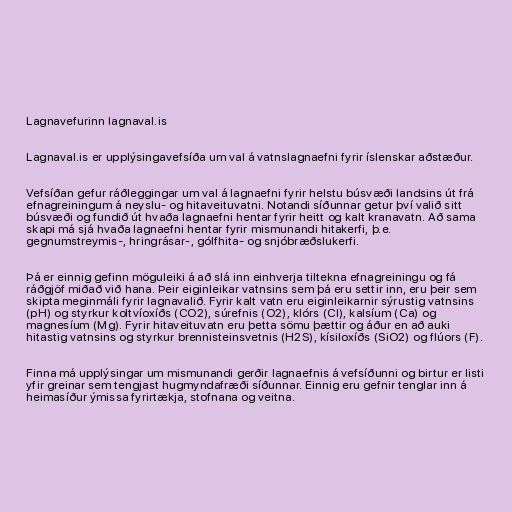
Lagnavefurinn lagnaval.is

Lagnaval.is er upplýsingavefsíða um val á vatnslagnaefni fyrir íslenskar aðstæður.

Vefsíðan gefur ráðleggingar um val á lagnaefni fyrir helstu búsvæði landsins út frá
efnagreiningum á neyslu- og hitaveituvatni. Notandi síðunnar getur því valið sitt
búsvæði og fundið út hvaða lagnaefni hentar fyrir heitt og kalt kranavatn. Að sama
skapi má sjá hvaða lagnaefni hentar fyrir mismunandi hitakerfi, þ.e.
gegnumstreymis-, hringrásar-, gólfhita- og snjóbræðslukerfi.

Þá er einnig gefinn möguleiki á að slá inn einhverja tiltekna efnagreiningu og fá
ráðgjöf miðað við hana. Þeir eiginleikar vatnsins sem þá eru settir inn, eru þeir sem
skipta meginmáli fyrir lagnavalið. Fyrir kalt vatn eru eiginleikarnir sýrustig vatnsins
(pH) og styrkur koltvíoxíðs (CO2), súrefnis (O2), klórs (Cl), kalsíum (Ca) og
magnesíum (Mg). Fyrir hitaveituvatn eru þetta sömu þættir og áður en að auki
hitastig vatnsins og styrkur brennisteinsvetnis (H2S), kísiloxíðs (SiO2) og flúors (F).

Finna má upplýsingar um mismunandi gerðir lagnaefnis á vefsíðunni og birtur er listi
yfir greinar sem tengjast hugmyndafræði síðunnar. Einnig eru gefnir tenglar inn á
heimasíður ýmissa fyrirtækja, stofnana og veitna.